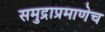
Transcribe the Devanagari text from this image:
समुद्राप्रमाणेच